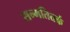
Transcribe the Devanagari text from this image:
सन्मतितर्क